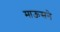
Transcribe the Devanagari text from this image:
माऊसने